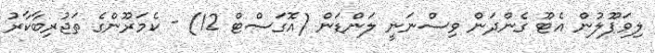
ލިވަޕޫލުން އެޓޫ ގެންދަން ވިސްނަނީ ލަންޑަން (އޮގަސްޓް 12) - ކެމަރޫންގެ ތަޖުރިބާކާރު